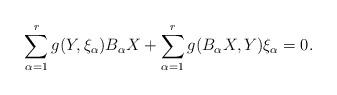
LaTeX: \begin{align*} \sum_{\alpha=1}^{r}g(Y, \xi _{\alpha})B_{\alpha}X+\sum_{\alpha=1}^{r}g(B_{\alpha}X, Y)\xi_{\alpha}=0.\end{align*}